Civil Veterinary Department. Central Provinces & Berar 1925-31 - 1925-1931
Year: 1925
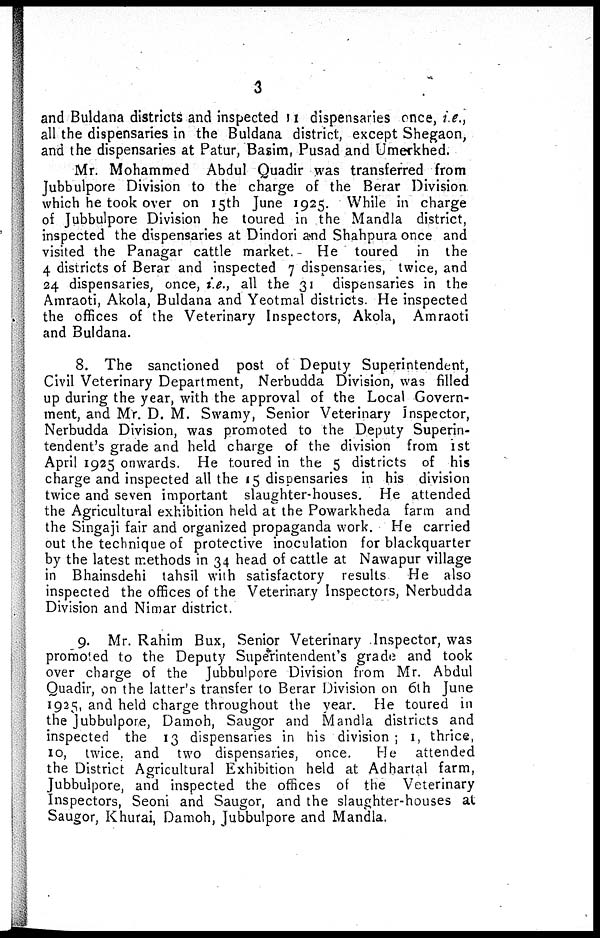
3
and Buldana districts and inspected 11 dispensaries once, i.e.,
all the dispensaries in the Buldana district, except Shegaon,
and the dispensaries at Patur, Basim, Pusad and Umerkhed.
Mr. Mohammed Abdul Quadir was transferred from
Jubbulpore Division to the charge of the Berar Division
which he took over on 15th June 1925. While in charge
of Jubbulpore Division he toured in the Mandla district,
inspected the dispensaries at Dindori and Shahpura once and
visited the Panagar cattle market.
He toured in the
4 districts of Berar and inspected 7 dispensaries, twice, and
24 dispensaries, once, i.e., all the 31 dispensaries in the
Amraoti, Akola, Buldana and Yeotmal districts. He inspected
the offices of the Veterinary Inspectors, Akola, Amraoti
and Buldana.
8. The sanctioned post of Deputy Superintendent,
Civil Veterinary Department, Nerbudda Division, was filled
up during the year, with the approval of the Local Govern-
ment, and Mr. D. M. Swamy, Senior Veterinary Inspector,
Nerbudda Division, was promoted to the Deputy Superin-
tendent's grade and held charge of the division from 1st
April 1925 onwards. He toured in the 5 districts of his
charge and inspected all the 15 dispensaries in his division
twice and seven important slaughter-houses. He attended
the Agricultural exhibition held at the Powarkheda farm and
the Singaji fair and organized propaganda work. He carried
out the technique of protective inoculation for blackquarter
by the latest methods in 34 head of cattle at Nawapur village
in Bhainsdehi tahsil with satisfactory results
He also
inspected the offices of the Veterinary Inspectors, Nerbudda
Division and Nimar district.
9. Mr. Rahim Bux, Senior Veterinary Inspector, was
promoted to the Deputy Superintendent's grade and took
over charge of the Jubbulpore Division from Mr. Abdul
Quadir, on the latter's transfer to Berar Division on 6th June
1925, and held charge throughout the year. He toured in
the Jubbulpore, Damoh, Saugor and Mandla districts and
inspected the 13 dispensaries in his division; I, thrice,
10, twice, and two dispensaries, once.
He
attended
the District Agricultural Exhibition held at Adhartal farm,
Jubbulpore, and inspected the offices of the Veterinary
Inspectors, Seoni and Saugor, and the slaughter-houses at
Saugor, Khurai, Damoh, Jubbulpore and Mandla.